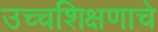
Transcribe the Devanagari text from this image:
उच्चशिक्षणाचे